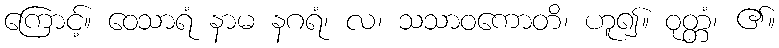
ကြောင့်။ ဝေသာရံ နာမ နဂရံ၊ လ၊ သသာဝကောတိ၊ ဟူ၍။ ဝုတ္တံ၊ ၏။